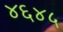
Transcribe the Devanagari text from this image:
४६४५